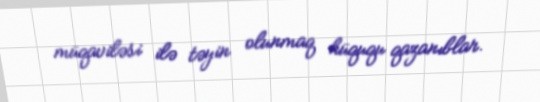
müqaviləsi ilə təyin olunmaq hüququ qazanıblar.